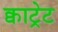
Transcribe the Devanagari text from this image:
क्वाट्रेट